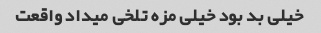
خیلی بد بود خیلی مزه تلخی میداد واقعت